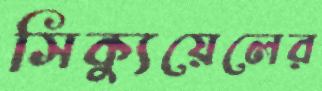
সিক্যুয়েলের